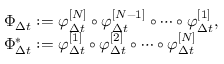
\begin{array} { r l } & { \Phi _ { \Delta { t } } : = \varphi _ { \Delta { t } } ^ { [ N ] } \circ \varphi _ { \Delta { t } } ^ { [ N - 1 ] } \circ \cdots \circ \varphi _ { \Delta { t } } ^ { [ 1 ] } , } \\ & { \Phi _ { \Delta { t } } ^ { \ast } : = \varphi _ { \Delta { t } } ^ { [ 1 ] } \circ \varphi _ { \Delta { t } } ^ { [ 2 ] } \circ \cdots \circ \varphi _ { \Delta { t } } ^ { [ N ] } } \end{array}